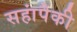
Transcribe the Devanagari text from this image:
सहांपैकी